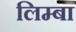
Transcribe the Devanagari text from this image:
लिम्बा